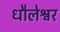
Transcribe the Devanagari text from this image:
धौलेश्वर